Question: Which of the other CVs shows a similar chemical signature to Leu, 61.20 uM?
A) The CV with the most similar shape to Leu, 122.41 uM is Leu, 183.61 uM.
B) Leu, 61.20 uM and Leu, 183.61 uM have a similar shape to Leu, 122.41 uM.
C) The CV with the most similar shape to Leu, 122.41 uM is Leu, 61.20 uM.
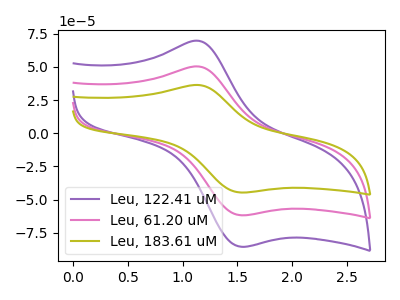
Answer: <think>The purple curve "Leu, 122.41 uM" has an anodic peak at (1.15V, 69.45uA) and a cathodic peak at (1.55V, -85.45uA). The pink curve "Leu, 61.20 uM" has an anodic peak at (1.15V, 50.20uA) and a cathodic peak at (1.55V, -61.75uA). The olive curve "Leu, 183.61 uM" has an anodic peak at (1.15V, 100.40uA) and a cathodic peak at (1.55V, -123.45uA).
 All the peaks in "Leu, 122.41 uM" have a peak in "Leu, 61.20 uM" at the same potential. Every peak in "Leu, 122.41 uM" is higher than every peak in "Leu, 61.20 uM". All the peaks in "Leu, 122.41 uM" have a peak in "Leu, 183.61 uM" at the same potential. Every peak in "Leu, 122.41 uM" is lower than every peak in "Leu, 183.61 uM". All the peaks in "Leu, 61.20 uM" have a peak in "Leu, 183.61 uM" at the same potential. Every peak in "Leu, 61.20 uM" is lower than every peak in "Leu, 183.61 uM".</think>
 <answer>B) "Leu, 61.20 uM" and "Leu, 183.61 uM" have a similar shape to "Leu, 122.41 uM".</answer>
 <eval>B</eval>